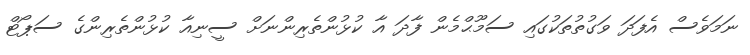
ނަމަވެސް އެފަދަ ވަގުތުތަކުގައި ސަމޫޙްމެން ފާދަ އާ ކުޅުންތެރިންނަށް ސީނިއާ ކުޅުންތެރިންގެ ސަޕޯޓް